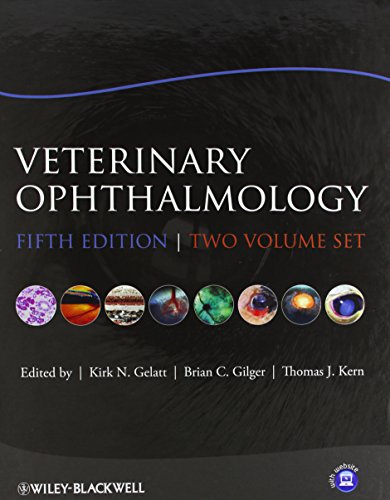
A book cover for Veterinary Ophthalmology: Two Volume Set; Medical Books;